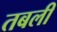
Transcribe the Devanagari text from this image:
तबली